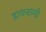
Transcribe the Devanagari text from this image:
डायनामी